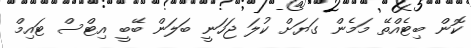
ކޮން ބިޓެއްތޭ މަމެން ގަޔަށް ކުލަ ޖަހަނީ ބަލަން ބޭބީ އިޓްސް ޓައިމް